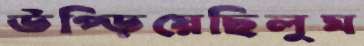
উপ্‌ড়িয়েছিলুম